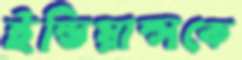
ইন্ডিয়ান্সকে